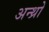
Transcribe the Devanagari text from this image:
अन्थ्रो